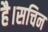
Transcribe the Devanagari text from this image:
है।सचिन